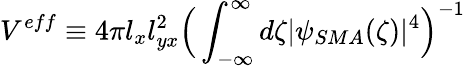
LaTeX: V^{eff}\equiv 4\pi l_{x}l_{yx}^{2}\Big(\int_{-\infty}^{\infty}d\zeta|\psi_{SMA}(\zeta)|^{4}\Big)^{-1}